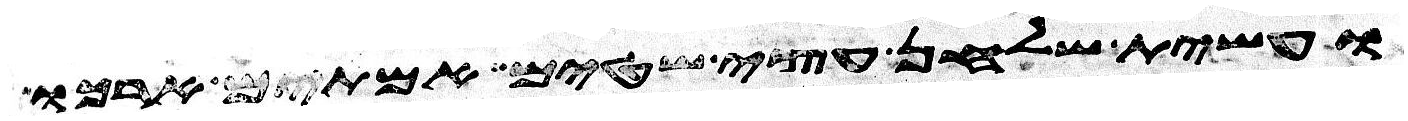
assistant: ועשית שלחן עצי שטים אמתים ארכו